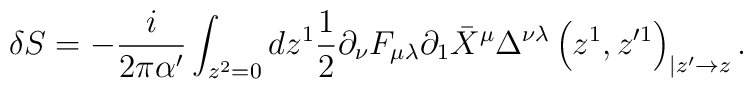
\delta S =  -\frac{i}{2\pi\alpha^\prime} \int_{z^2 =0} dz^1\frac{1}{2}\partial_\nu F_{\mu\lambda} \partial_1 \bar{X}^\mu\Delta^{\nu\lambda}\left( z^1, z^{\prime 1}\right)_{| z^\prime \to z} .